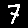
Digit: 7